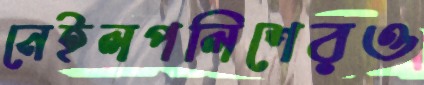
নেইলপলিশেরও